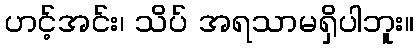
ဟင့်အင်း၊ သိပ် အရသာမရှိပါဘူး။